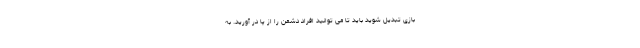
بازی تبدیل شوید باید تا می توانید افراد دشمن را از پا در آورید. به